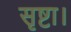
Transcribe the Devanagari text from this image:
सृष्टा।